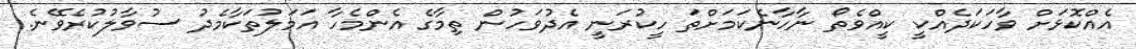
އެއްކޮޅަށް ވާހަކަދެއްކީ ކީއްވެތޯ ނާހާނެކަމަށްތަ ހީކުރަނީ އެދުވަހުން ތިމާގެ އެންމެހާ އަމަލުތަކާމެދު ސުވާލުކުރެވޭނެ.